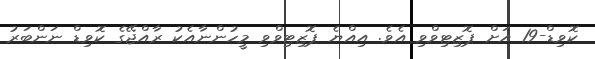
ކޮވިޑް-19 އަށް ޕޮޒިޓިވްވި އެވެ. އިއްޔެ ޕޮޒިޓިވްވި މީހުންނާއެކު ރާއްޖޭގެ ކޮވިޑް ނަންބަރު